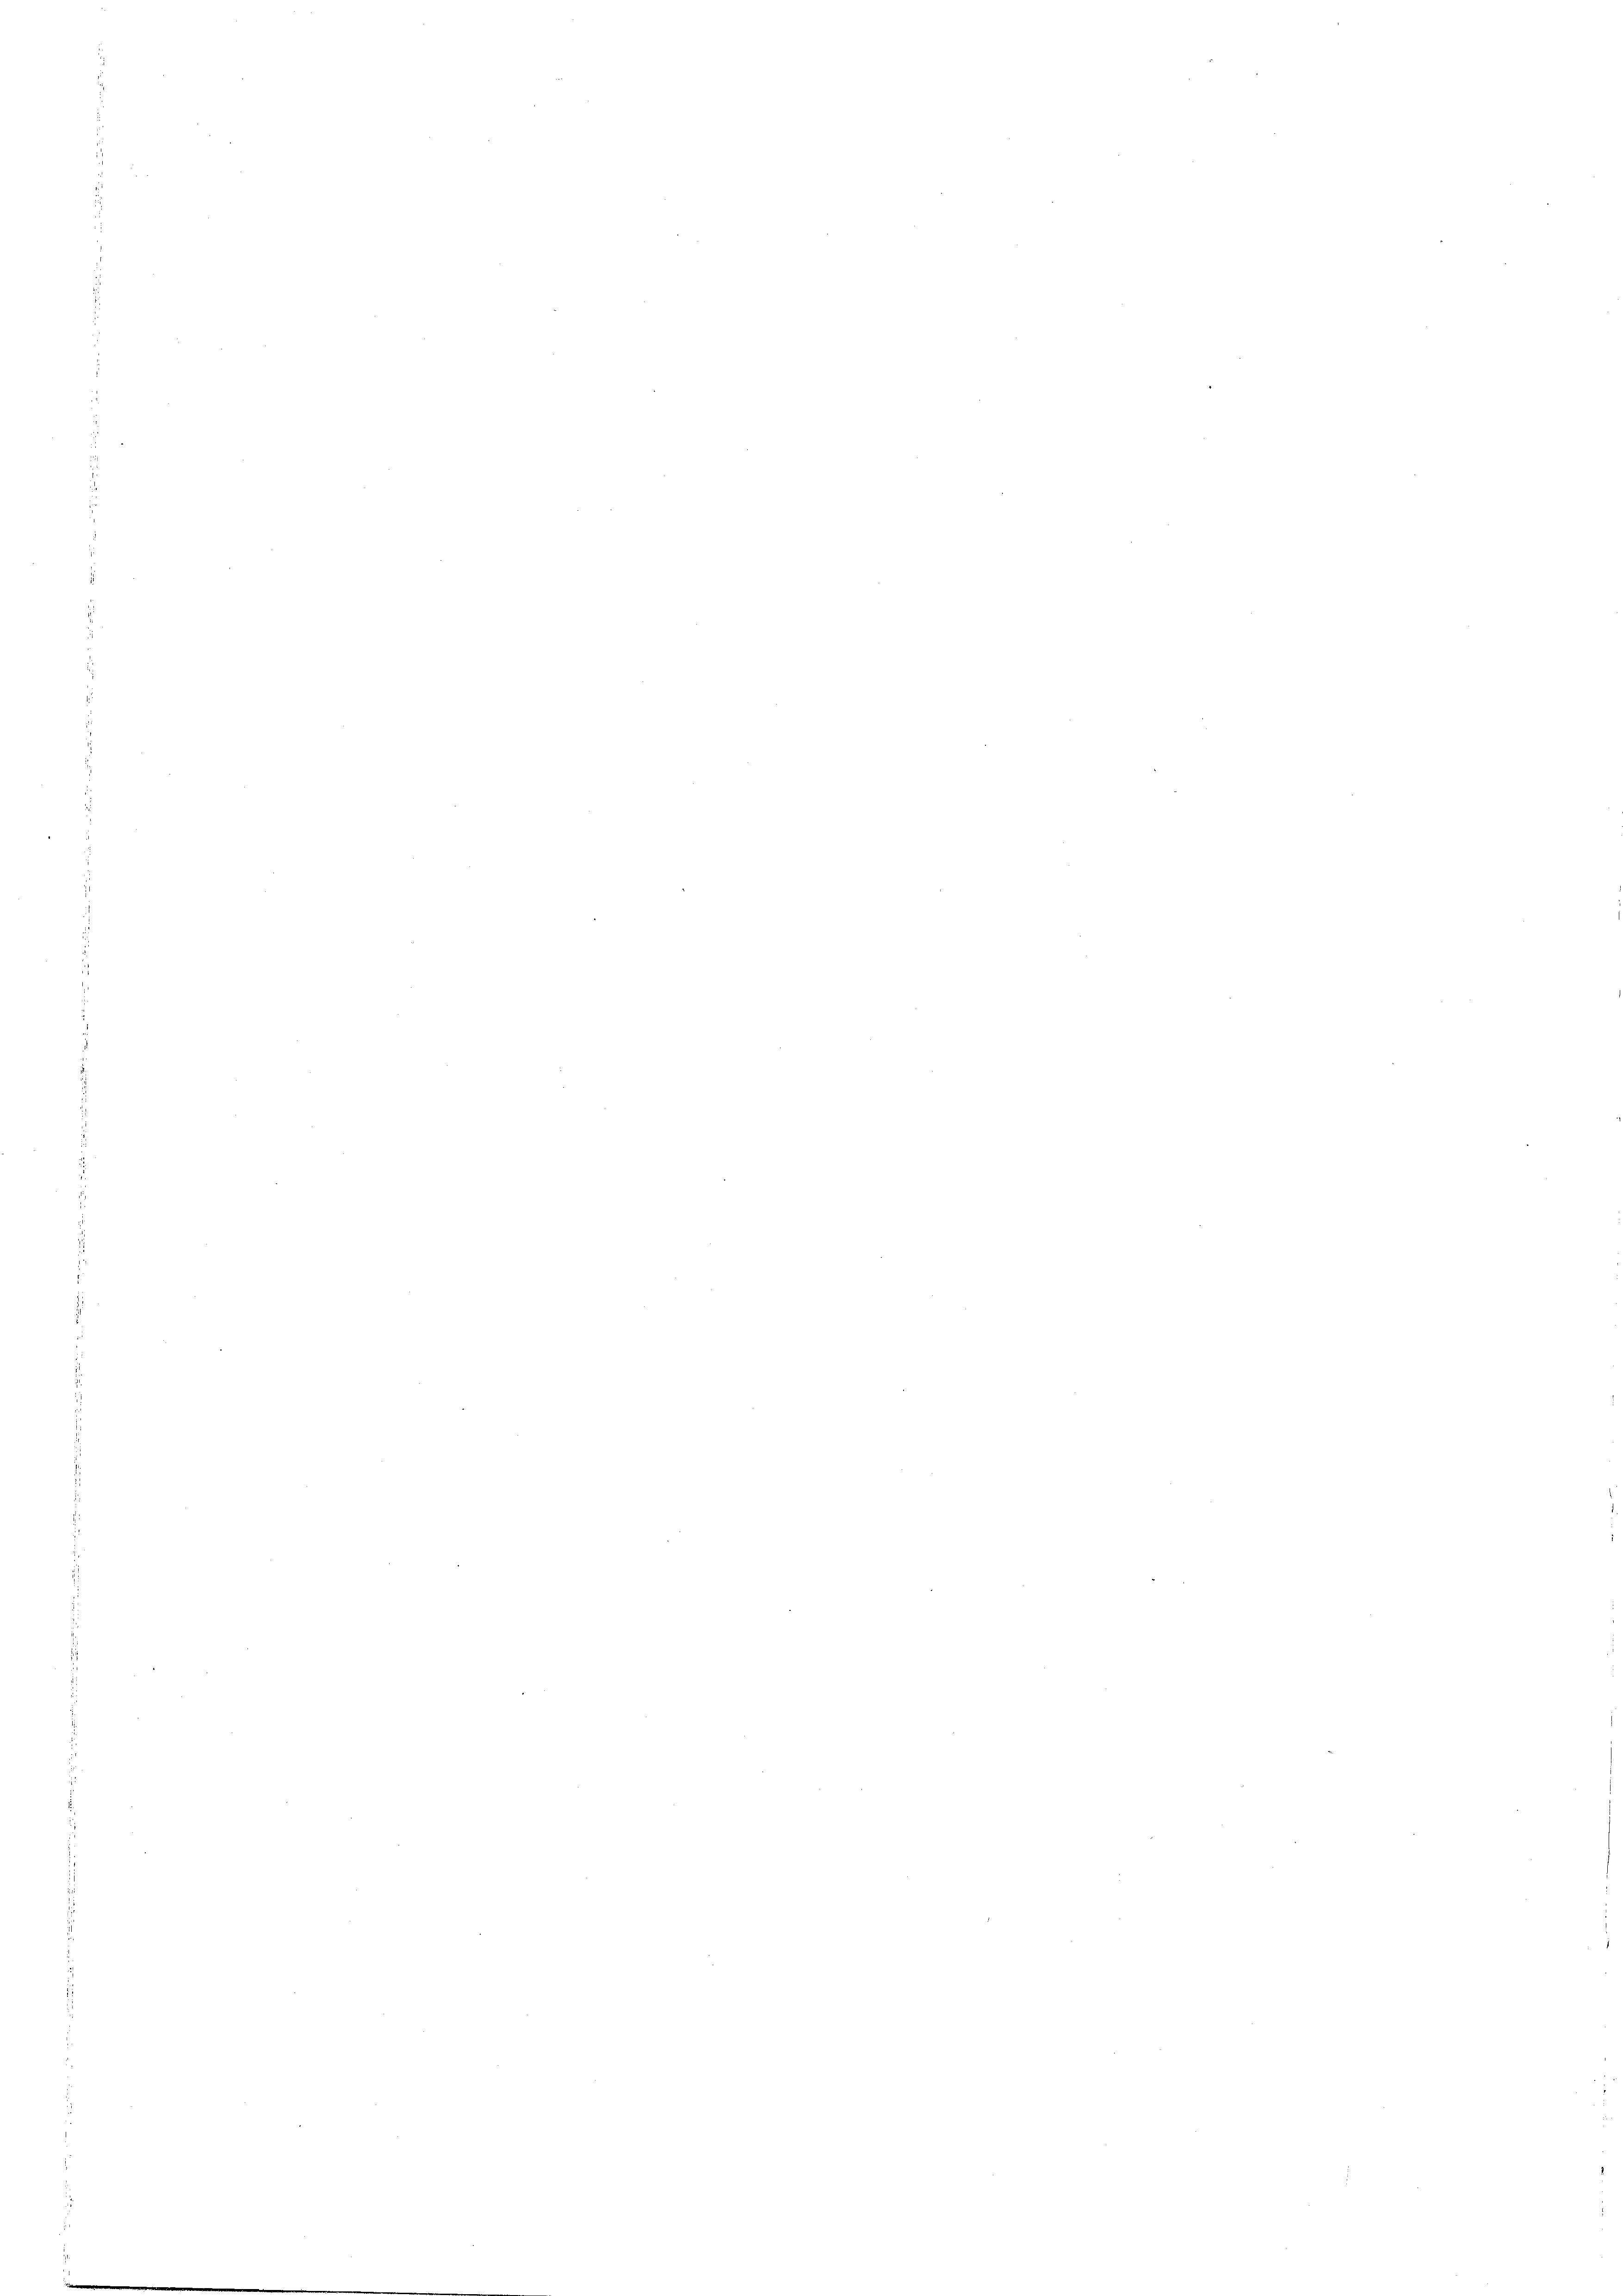
i
i

1.

s